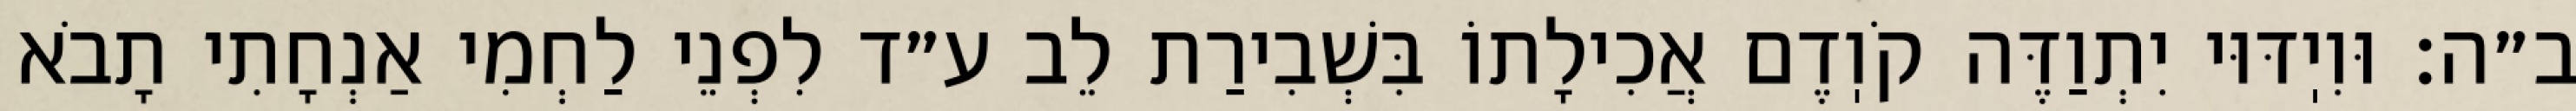
ב״ה: וּוִיֽדּוּי יִתְוַדֶּה קֹוֽדֶם אֲכִילָתוֹ בִּשְׁבִירַת לֵב ע״ד לִפְנֵי לַחְמִי אַנְחָתִי תָבֹא